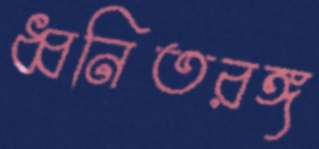
ধ্বনিতরঙ্গ